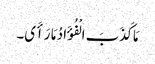
مَا کَذَبَ الْفُؤَادُ مَا رَأَی۔